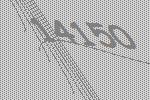
14150